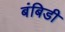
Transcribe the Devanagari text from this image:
बंबिडी